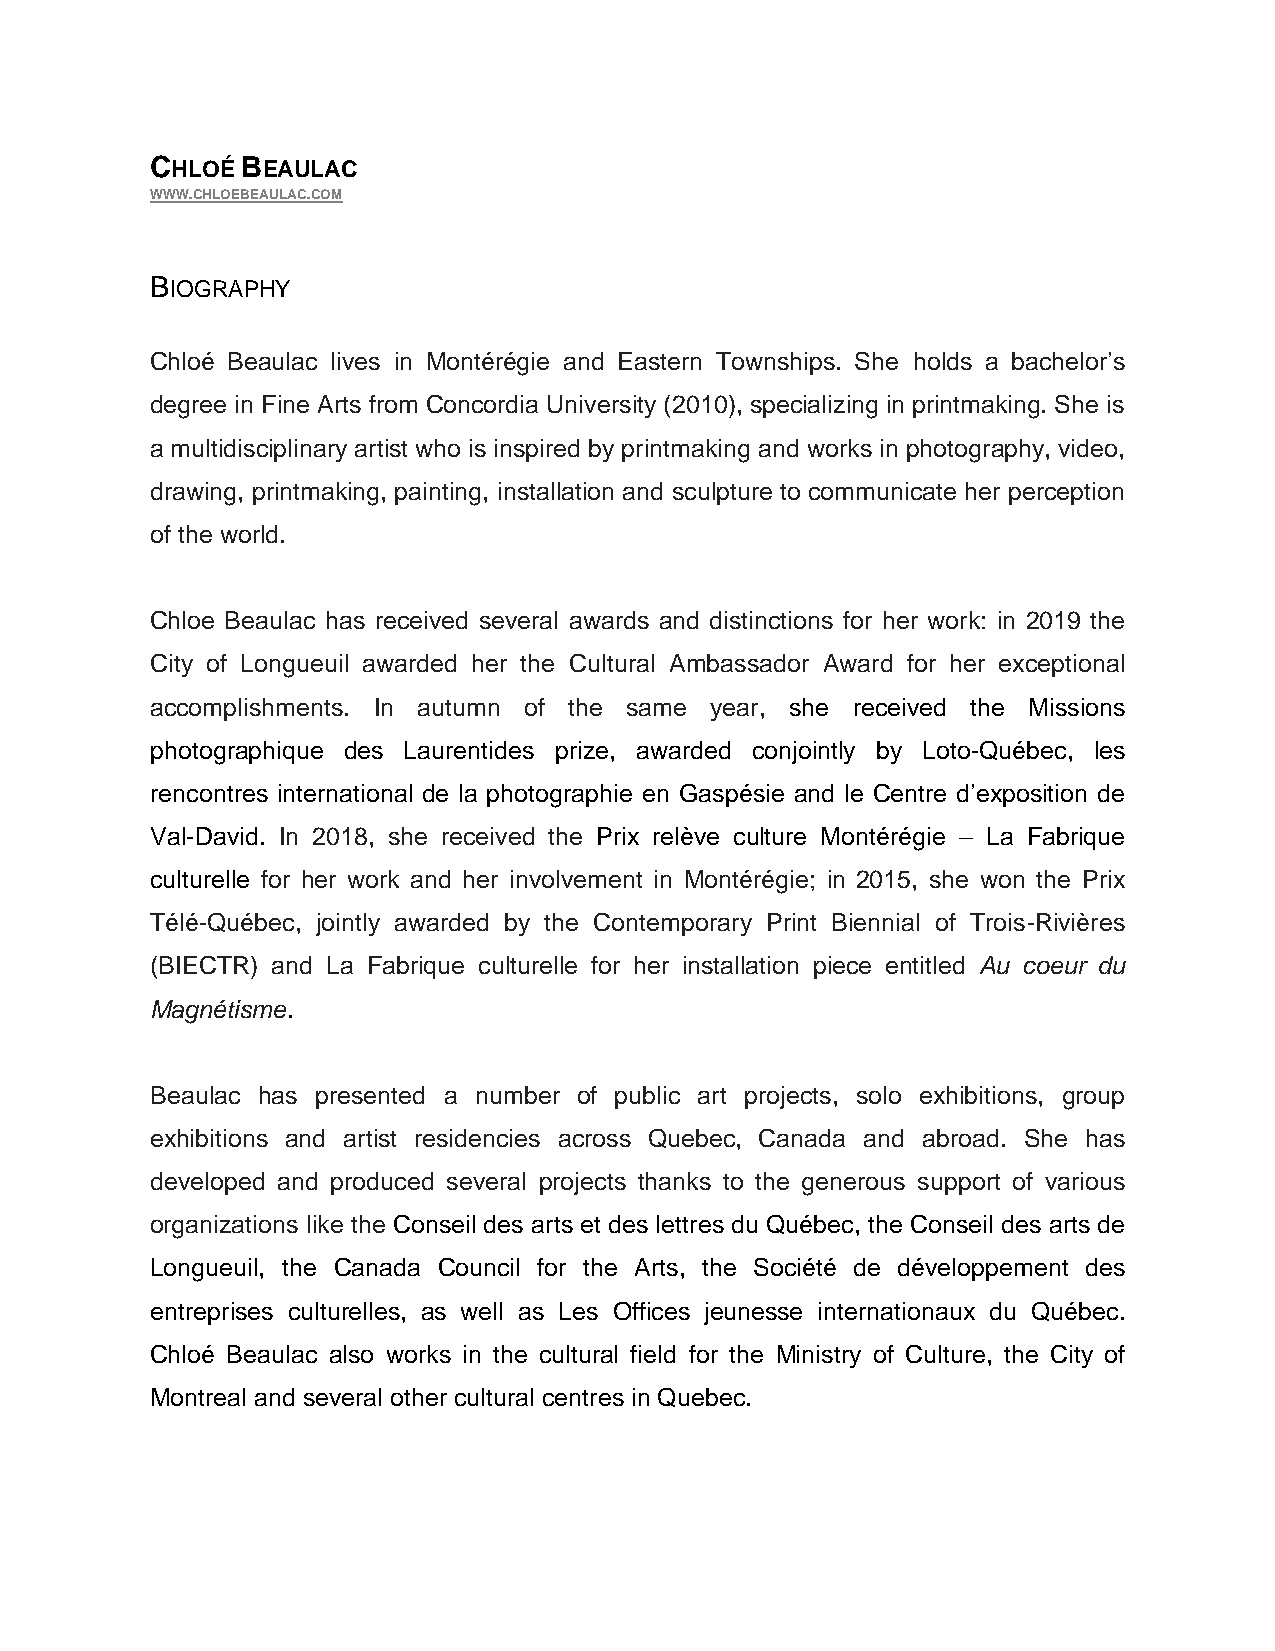
CHLOÉ BEAULAC
 WWW.CHLOEBEAULAC.COM
 BIOGRAPHY
 Chloé Beaulac lives in Montérégie and Eastern Townships. She holds a bachelor’s
 degree in Fine Arts from Concordia University (2010), specializing in printmaking. She is
 a multidisciplinary artist who is inspired by printmaking and works in photography, video,
 drawing, printmaking, painting, installation and sculpture to communicate her perception
 of the world.
 Chloe Beaulac has received several awards and distinctions for her work: in 2019 the
 City of Longueuil awarded her the Cultural Ambassador Award for her exceptional
 accomplishments. In autumn of the same year, she received the Missions
 photographique des Laurentides prize, awarded conjointly by Loto-Québec, les
 rencontres international de la photographie en Gaspésie and le Centre d’exposition de
 Val-David. In 2018, she received the Prix relève culture Montérégie – La Fabrique
 culturelle for her work and her involvement in Montérégie; in 2015, she won the Prix
 Télé-Québec, jointly awarded by the Contemporary Print Biennial of Trois-Rivières
 (BIECTR) and La Fabrique culturelle for her installation piece entitled Au coeur du
 Magnétisme.
 Beaulac has presented a number of public art projects, solo exhibitions, group
 exhibitions and artist residencies across Quebec, Canada and abroad. She has
 developed and produced several projects thanks to the generous support of various
 organizations like the Conseil des arts et des lettres du Québec, the Conseil des arts de
 Longueuil, the Canada Council for the Arts, the Société de développement des
 entreprises culturelles, as well as Les Offices jeunesse internationaux du Québec.
 Chloé Beaulac also works in the cultural field for the Ministry of Culture, the City of
 Montreal and several other cultural centres in Quebec.